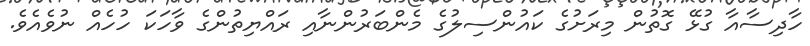
ހާދިސާއާ ގުޅޭ ގޮތުން މިރަށުގެ ކައުންސިލުގެ މެންބަރުންނާއި ރައްޔިތުންގެ ވާހަކަ ހުހެއް ނުވެއެވެ.